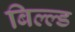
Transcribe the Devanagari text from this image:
बिल्ल्ड